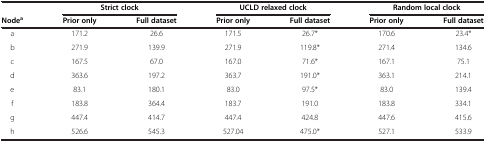
<table><thead><tr><td><b> </b></td><td colspan="2"><b>Strict clock</b></td><td colspan="2"><b>UCLD relaxed clock</b></td><td colspan="2"><b>Random local clock</b></td></tr><tr><td><b>Node<sup>a</sup></b></td><td><b>Prior only</b></td><td><b>Full dataset</b></td><td><b>Prior only</b></td><td><b>Full dataset</b></td><td><b>Prior only</b></td><td><b>Full dataset</b></td></tr></thead><tbody><tr><td>a</td><td>171.2</td><td>26.6</td><td>171.5</td><td>26.7*</td><td>170.6</td><td>23.4*</td></tr><tr><td>b</td><td>271.9</td><td>139.9</td><td>271.9</td><td>119.8*</td><td>271.4</td><td>134.6</td></tr><tr><td>c</td><td>167.5</td><td>67.0</td><td>167.0</td><td>71.6*</td><td>167.1</td><td>75.1</td></tr><tr><td>d</td><td>363.6</td><td>197.2</td><td>363.7</td><td>191.0*</td><td>363.1</td><td>214.1</td></tr><tr><td>e</td><td>83.1</td><td>180.1</td><td>83.0</td><td>97.5*</td><td>83.0</td><td>139.4</td></tr><tr><td>f</td><td>183.8</td><td>364.4</td><td>183.7</td><td>191.0</td><td>183.8</td><td>334.1</td></tr><tr><td>g</td><td>447.4</td><td>414.7</td><td>447.4</td><td>424.8</td><td>447.6</td><td>415.6</td></tr><tr><td>h</td><td>526.6</td><td>545.3</td><td>527.04</td><td>475.0*</td><td>527.1</td><td>533.9</td></tr></tbody></table>